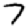
Digit: 7